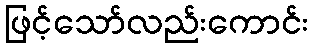
ဖြင့်သော်လည်းကောင်း